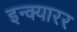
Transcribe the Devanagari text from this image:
इन्क्यारर